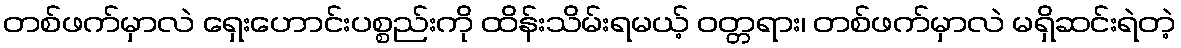
တစ်ဖက်မှာလဲ ရှေးဟောင်းပစ္စည်းကို ထိန်းသိမ်းရမယ့် ဝတ္တရား၊ တစ်ဖက်မှာလဲ မရှိဆင်းရဲတဲ့